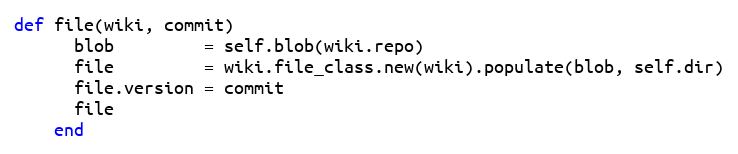
Language: Ruby
def file(wiki, commit)
      blob         = self.blob(wiki.repo)
      file         = wiki.file_class.new(wiki).populate(blob, self.dir)
      file.version = commit
      file
    end